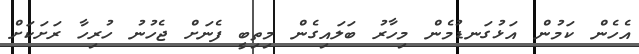
އެހެން ކަމުން އަޅުގަނޑުމެން މިހާރު ބަލައިގެން މިތިބީ ފެނަށް ޖެހުނު ހުރިހާ ރަށަކަށް